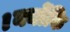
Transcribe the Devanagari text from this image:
।क्योंकि